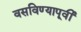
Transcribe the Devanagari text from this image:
वसविण्यापूर्वी